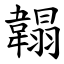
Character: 䪚